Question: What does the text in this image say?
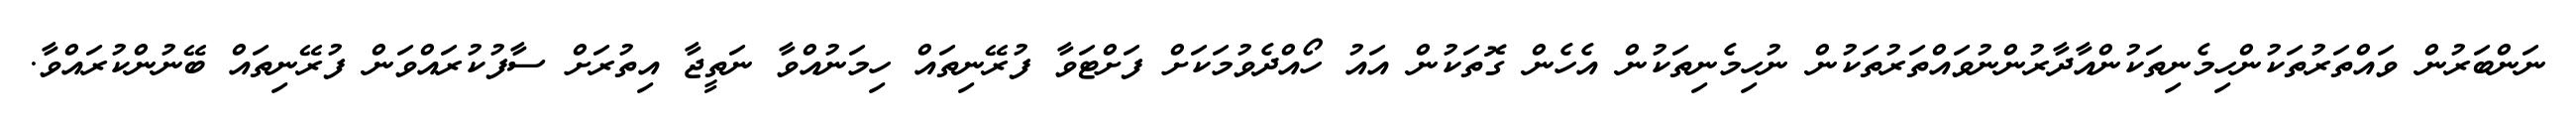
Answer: ނަންބަރުން ވައްތަރުތަކުންހިމެނިތަކުންއާދާރުންނުވައްތަރުތަކުން ނުހިމެނިތަކުން އެހެން ގޮތަކުން އައު ހޯއްދެވުމަކަށް ފަށްޓަވާ ފުރޭނިތައް ހިމަނުއްވާ ނަތީޖާ އިތުރަށް ސާފުކުރައްވަން ފުރޭނިތައް ބޭނުންކުރައްވާ.